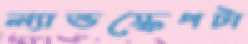
ল্যান্ডস্কেপটা